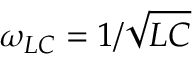
\omega _ { L C } = 1 / \sqrt { L C }